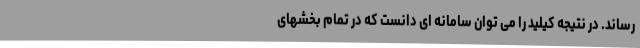
رساند. در نتیجه کیلید را می توان سامانه ای دانست که در تمام بخشهای